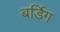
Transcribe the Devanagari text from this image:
बर्डिग